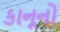
કાનૂનો